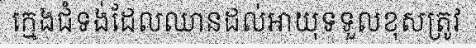
ក្មេងជំទង់ដែលឈានដល់អាយុទទួលខុសត្រូវ